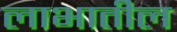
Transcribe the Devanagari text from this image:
लाभातील